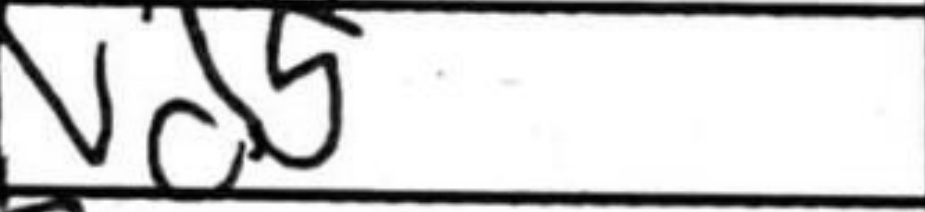
Transcription: Nd5